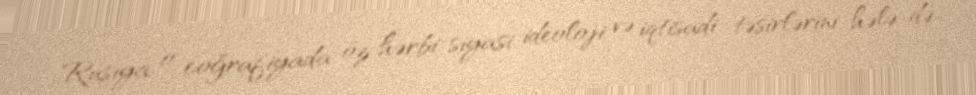
Rusiya o coğrafiyada öz hərbi-siyasi, ideoloji və iqtisadi təsirlərini hələ də